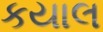
કયાલ